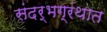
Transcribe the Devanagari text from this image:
संदर्भग्रंथात